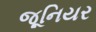
જૂનિયર